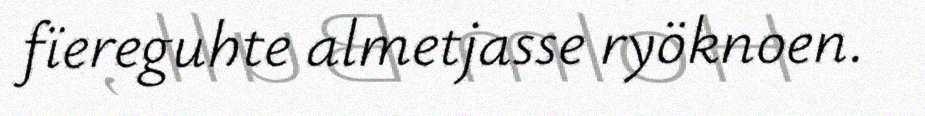
fïereguhte almetjasse ryöknoen.